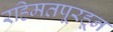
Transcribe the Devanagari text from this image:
रहिमतपूरहून